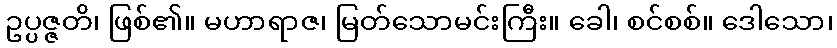
ဥပ္ပဇ္ဇတိ၊ ဖြစ်၏။ မဟာရာဇ၊ မြတ်သောမင်းကြီး။ ခေါ၊ စင်စစ်။ ဒေါသော၊